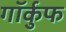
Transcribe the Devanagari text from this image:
गॉर्कुफ